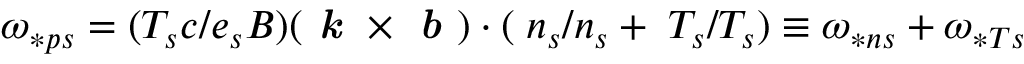
\omega _ { \ast p s } = ( T _ { s } c / e _ { s } B ) ( { \textbf { \emph k } } \times { \textbf { \emph b } } ) \cdot ( { \bf \nabla } n _ { s } / n _ { s } + { \bf \nabla } T _ { s } / T _ { s } ) \equiv \omega _ { \ast n s } + \omega _ { \ast T s }